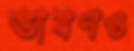
ভাষণও